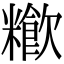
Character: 𥽁